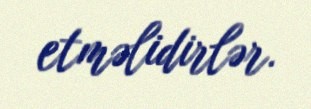
etməlidirlər.